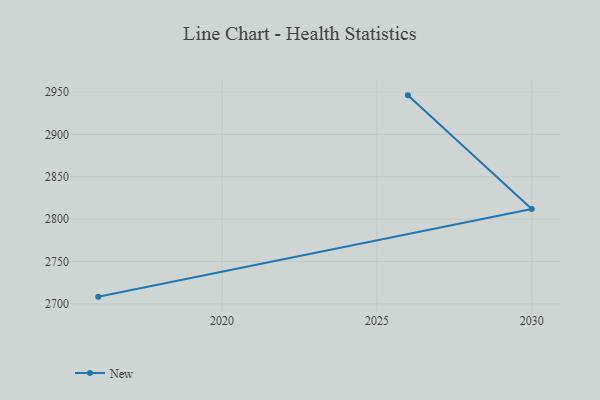
{"axis": {"x": "Year", "y": "Website Visitors"}, "legend": ["New"], "data": [{"x": "2026", "y": 2946.1, "type": "New"}, {"x": "2030", "y": 2811.9, "type": "New"}, {"x": "2016", "y": 2708.5, "type": "New"}]}